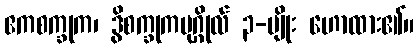
ဧကစက္ခုက၊ ဒွိစက္ခုကပုဂ္ဂိုလ် ၃-မျိုး ဟောထား၏။